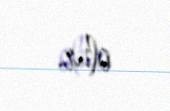
olur.